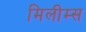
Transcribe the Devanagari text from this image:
मिलीम्स